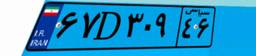
۳۷D۳۱۴۴۷